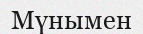
Мүнымен